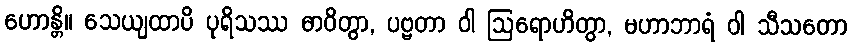
ဟောန္တိ။ သေယျထာပိ ပုရိသဿ ဓာဝိတွာ, ပဗ္ဗတာ ဝါ ဩရောဟိတွာ, မဟာဘာရံ ဝါ သီသတော